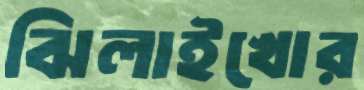
ঝিলাইখোর